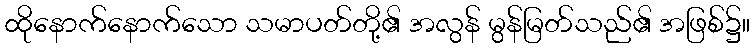
ထိုနောက်နောက်သော သမာပတ်တို့၏ အလွန် မွန်မြတ်သည်၏ အဖြစ်၌။